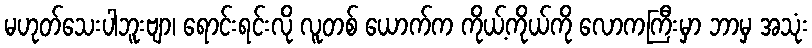
မဟုတ်သေးပါဘူးဗျာ၊ ရောင်းရင်းလို လူတစ် ယောက်က ကိုယ့်ကိုယ်ကို လောကကြီးမှာ ဘာမှ အသုံး